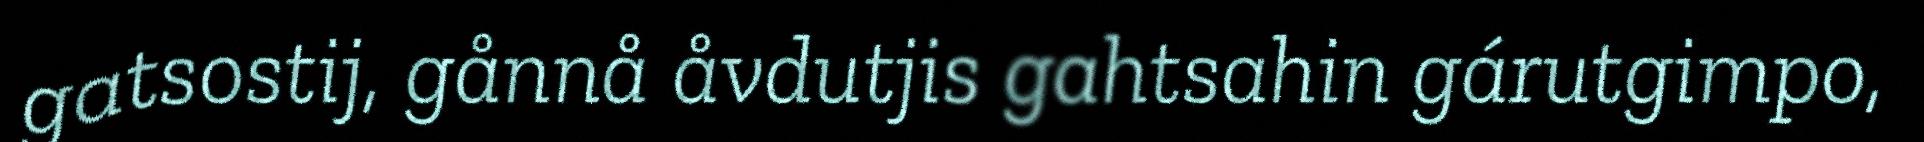
gatsostij, gånnå åvdutjis gahtsahin gárutgimpo,